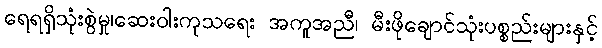
ရေရရှိသုံးစွဲမှု၊ဆေးဝါးကုသရေး အကူအညီ၊ မီးဖိုချောင်သုံးပစ္စည်းများနှင့်